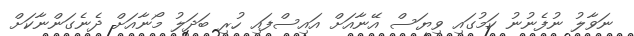
ނަވާލު ނުފެނުނު ކަމުގައި ވިޔަސް އޭނާއަށް އައިސްފައި ހުރި ބަދަލު މޯނާއަށް ދެނެގަންނާކަށް